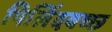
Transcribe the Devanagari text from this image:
पिलिंदवच्छ